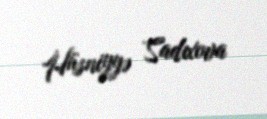
Hüsniyyə Sadıxova